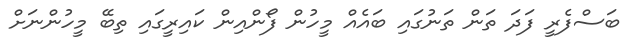
ބަސްފެރީ ފަދަ ތަން ތަނުގައި ބައެއް މީހުން ފޯންއިން ކައިރީގައި ތިބޭ މީހުންނަށް